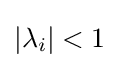
{\textstyle \left|\lambda _{i}\right|<1}